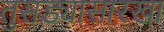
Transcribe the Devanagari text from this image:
तुसड्यासारखा